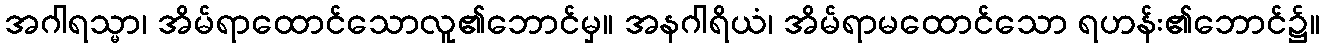
အဂါရသ္မာ၊ အိမ်ရာထောင်သောလူ၏ဘောင်မှ။ အနဂါရိယံ၊ အိမ်ရာမထောင်သော ရဟန်း၏ဘောင်၌။